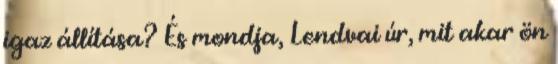
igaz állítása? És mondja, Lendvai úr, mit akar ön